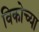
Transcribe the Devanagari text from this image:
विकोच्या